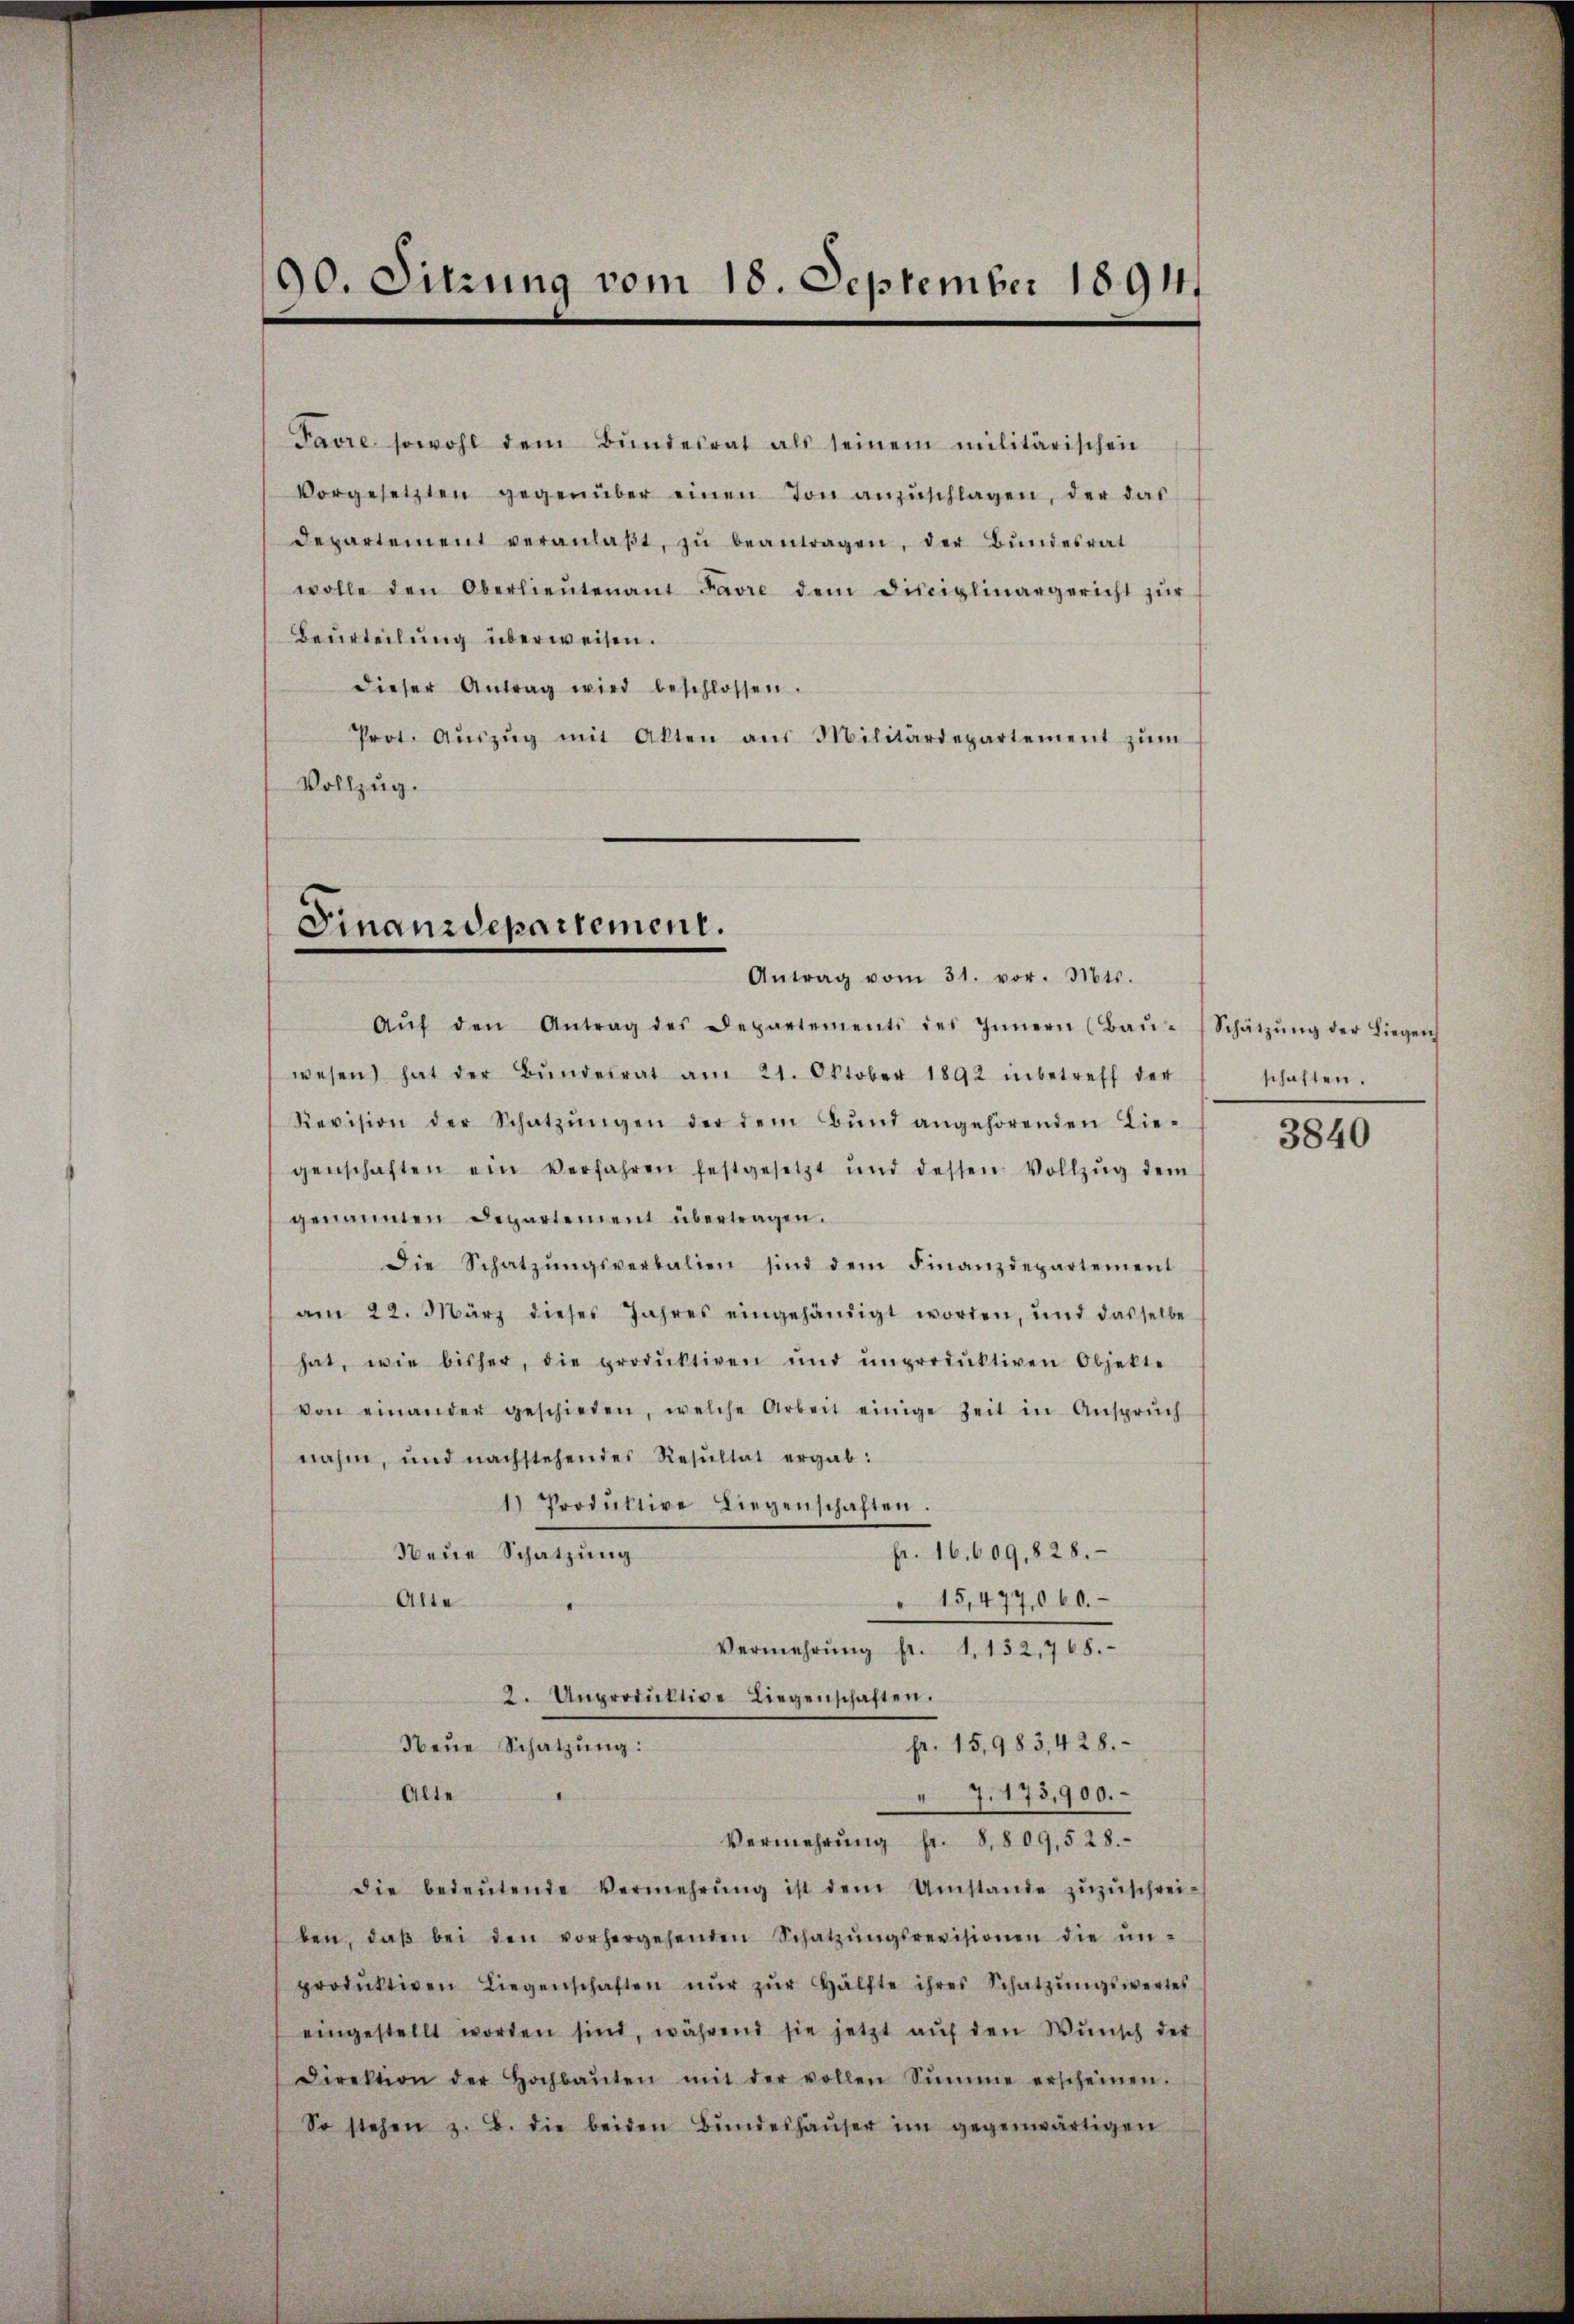
90. Sitzung vom 18. September 1894

Favre sowohl dem Bŭndesrat als seinem militärischen
vorgesetzten gegenüber einen Ton anzŭschlagen, der das
departement veranlaβt, zŭ beantragen, der Bundesrat
wolle den Oberlieŭtenant Favre dem Disciplinargericht zŭr
Beurteilung überweisen.
dieser Antrag wird beschlossen.
Prot. Aŭszŭg mit Akten aus Militärdepartement zŭm
Vollzug.

Finanzdepartement.

Antrag vom 31. vor. Mts.
Aŭf den Antrag des Departements des Innern (Baŭ-
wesen hat der Bŭndesrat am 21. Oktober 1892 inbetreff der schaften.
Revision der Schatzŭngen der dem Bŭnd angehörenden Lie-
genschaften ein verfahren festgesetzt und dessen Vollzŭg dem
genannten Departement übertragen.
Die Schatzŭngsverbalien sind dem Finanzdepartement
am 22. März dieses Jahres eingehändigt worden, und dasselbe
hat, wie bisher, die produktiven ŭnd unproduktiven Objekte
von einander geschieden, welche Arbeit einige Zeit in Ansprŭch
nahm, und nachstehendes Resultat ergab:
1) Produktive Liegenschaften.
Neue Schatzung
fr. 16. 609,828.
Alte
" 15,477060.
Vermehrŭng fr. 1. 132,768.
2. Unproduktive Liegenschaften.
fr. 15,983,428.
Neŭe Schatzŭng:
Alte
7.173,900.
.
Vermehrŭng fr. 8 809, 528.
die bedeŭtende Vermehrŭng ist dem Umstande zŭzŭschrei-
ben, daβ bei den vorhergehenden Schatzŭngsrevisionen die ŭn-
produktiven Liegenschaften nŭr zŭr Hälfte ihres Schatzŭngswertes
eingestellt worden sind, während sie jetzt aŭf den Wŭnsch der
Direktion der Hochbaŭten mit der vollen Sŭmme erscheinen.
So stehen z. B. die beiden Bŭndeshaŭser im gegenwärtigen

Schätzŭng der Liegen

3840